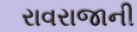
રાવરાજાની